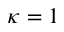
\kappa = 1